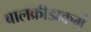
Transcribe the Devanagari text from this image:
बालक्रीडाकर्म